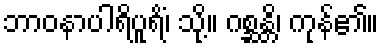
ဘာဝနာပါရိပူရိံ၊ သို့။ ဂစ္ဆန္တိ၊ ကုန်၏။